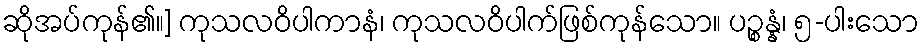
ဆိုအပ်ကုန်၏။] ကုသလဝိပါကာနံ၊ ကုသလဝိပါက်ဖြစ်ကုန်သော။ ပဉ္စန္နံ၊ ၅-ပါးသော